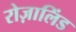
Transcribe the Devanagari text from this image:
रोज़ालिंड